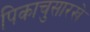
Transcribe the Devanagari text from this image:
पिकाचुसारखे